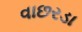
વાછરડા